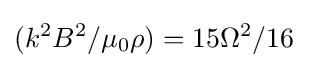
(k^{2}B^{2}/\mu _{0}\rho )=15\Omega ^{2}/16\